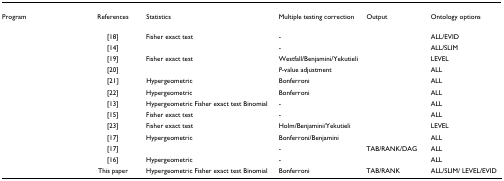
<table><thead><tr><td><b>Program</b></td><td><b>References</b></td><td><b>Statistics</b></td><td><b>Multiple testing correction</b></td><td><b>Output</b></td><td><b>Ontology options</b></td></tr></thead><tbody><tr><td>[EMPTY_CELL]</td><td>[18]</td><td>Fisher exact test</td><td>-</td><td>[EMPTY_CELL]</td><td>ALL/EVID</td></tr><tr><td>[EMPTY_CELL]</td><td>[14]</td><td>[EMPTY_CELL]</td><td>-</td><td>[EMPTY_CELL]</td><td>ALL/SLIM</td></tr><tr><td>[EMPTY_CELL]</td><td>[19]</td><td>Fisher exact test</td><td>Westfall/Benjamini/Yekutieli</td><td>[EMPTY_CELL]</td><td>LEVEL</td></tr><tr><td>[EMPTY_CELL]</td><td>[20]</td><td>[EMPTY_CELL]</td><td><i>P</i>-value adjustment</td><td>[EMPTY_CELL]</td><td>ALL</td></tr><tr><td>[EMPTY_CELL]</td><td>[21]</td><td>Hypergeometric</td><td>Bonferroni</td><td>[EMPTY_CELL]</td><td>ALL</td></tr><tr><td>[EMPTY_CELL]</td><td>[22]</td><td>Hypergeometric</td><td>Bonferroni</td><td>[EMPTY_CELL]</td><td>ALL</td></tr><tr><td>[EMPTY_CELL]</td><td>[13]</td><td>Hypergeometric Fisher exact test Binomial</td><td>-</td><td>[EMPTY_CELL]</td><td>ALL</td></tr><tr><td>[EMPTY_CELL]</td><td>[15]</td><td>Fisher exact test</td><td>-</td><td>[EMPTY_CELL]</td><td>ALL</td></tr><tr><td>[EMPTY_CELL]</td><td>[23]</td><td>Fisher exact test</td><td>Holm/Benjamini/Yekutieli</td><td>[EMPTY_CELL]</td><td>LEVEL</td></tr><tr><td>[EMPTY_CELL]</td><td>[17]</td><td>Hypergeometric</td><td>Bonferroni/Benjamini</td><td>[EMPTY_CELL]</td><td>ALL</td></tr><tr><td>[EMPTY_CELL]</td><td>[17]</td><td>[EMPTY_CELL]</td><td>-</td><td>TAB/RANK/DAG</td><td>ALL</td></tr><tr><td>[EMPTY_CELL]</td><td>[16]</td><td>Hypergeometric</td><td>-</td><td>[EMPTY_CELL]</td><td>ALL</td></tr><tr><td>[EMPTY_CELL]</td><td>This paper</td><td>Hypergeometric Fisher exact test Binomial</td><td>Bonferroni</td><td>TAB/RANK</td><td>ALL/SLIM/ LEVEL/EVID</td></tr></tbody></table>